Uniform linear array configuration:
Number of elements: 4
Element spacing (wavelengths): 1
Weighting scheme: hamming
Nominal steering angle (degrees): -30
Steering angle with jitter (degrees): -30.194
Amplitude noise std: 0.05
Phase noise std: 0.05

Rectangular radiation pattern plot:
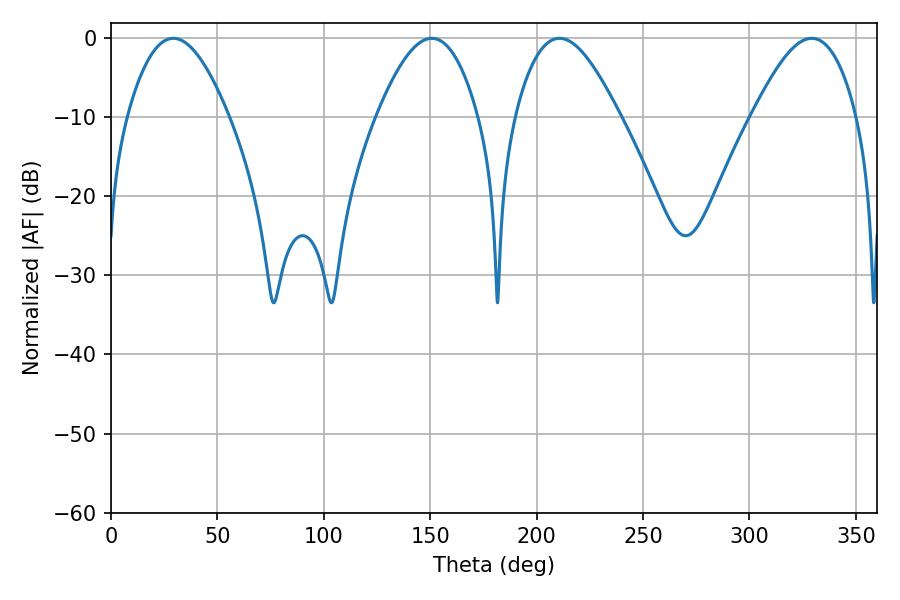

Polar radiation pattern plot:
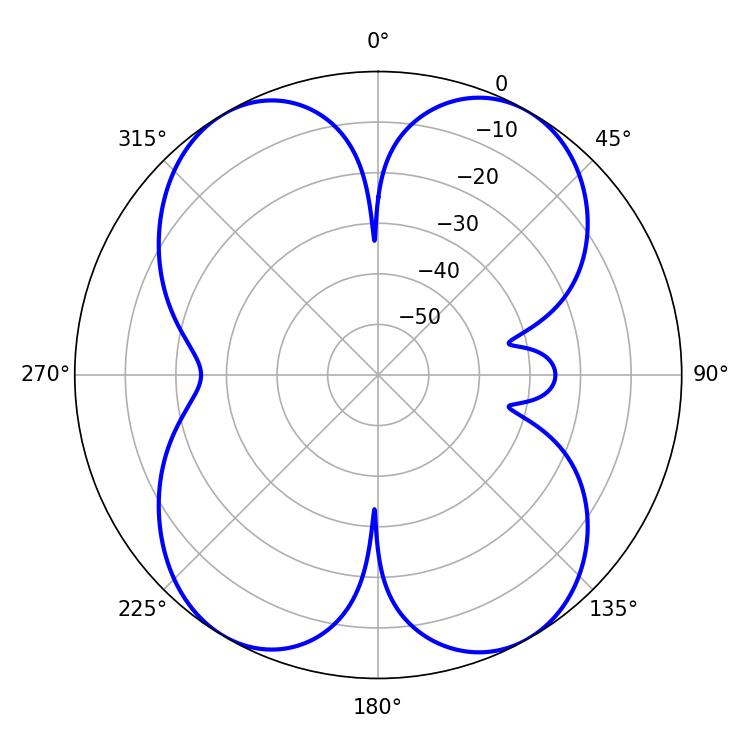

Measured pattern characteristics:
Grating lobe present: TRUE
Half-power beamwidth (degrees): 26.46
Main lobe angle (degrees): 329.22